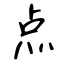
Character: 点